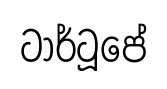
ටාර්ටූපේ